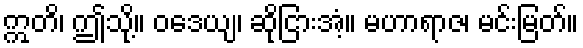
ဣတိ၊ ဤသို့။ ဝဒေယျ၊ ဆိုငြားအံ့။ မဟာရာဇ၊ မင်းမြတ်။